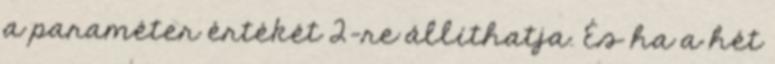
a paraméter értékét 2-re állíthatja. És ha a hét